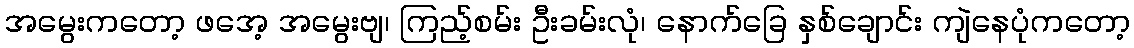
အမွေးကတော့ ဖအေ့ အမွေးဗျ၊ ကြည့်စမ်း ဦးခမ်းလုံ၊ နောက်ခြေ နှစ်ချောင်း ကျဲနေပုံကတော့